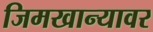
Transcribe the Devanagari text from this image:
जिमखान्यावर